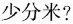
少分米？